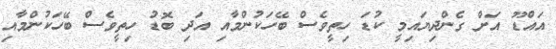
އައްޑޫ އަށް ގެންދިޔައިމީ ކުޑަ ހިތީވެސް ބޭހަކުންމާއި އަދި ބޮޑު ހިތީވެސް ބޭހަކުންމާއި